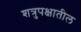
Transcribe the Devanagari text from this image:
शत्रुपक्षातील